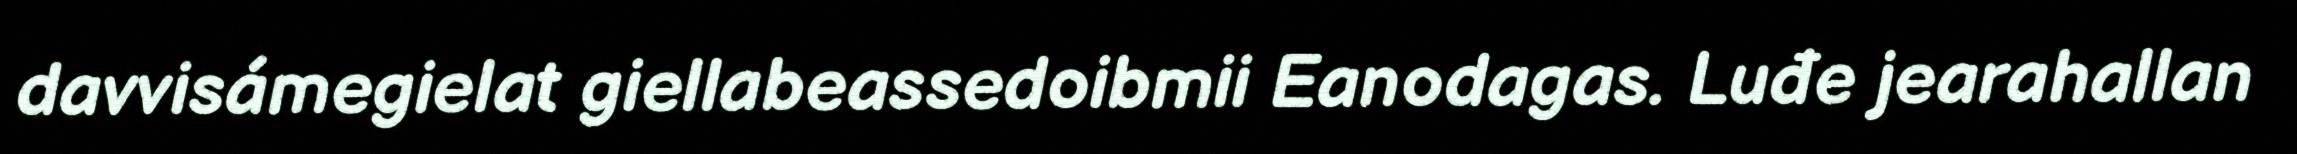
davvisámegielat giellabeassedoibmii Eanodagas. Luđe jearahallan